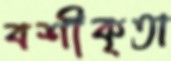
বশীকৃতা